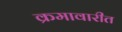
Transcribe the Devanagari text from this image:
क्रमावारीत